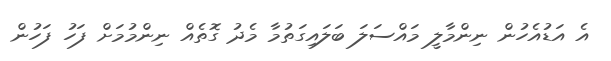
އެ އަޑުއެހުން ނިންމާލީ މައްސަލަ ބަލައިގަތުމާ މެދު ގޮތެއް ނިންމުމަށް ފަހު ފަހުން